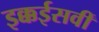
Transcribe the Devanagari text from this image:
इक्कईसवीं